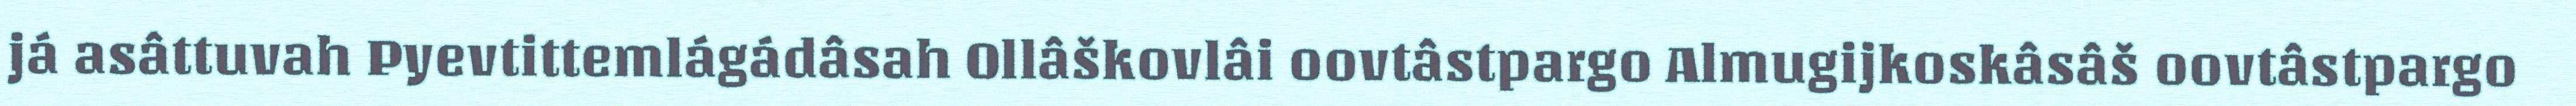
já asâttuvah Pyevtittemlágádâsah Ollâškovlâi oovtâstpargo Almugijkoskâsâš oovtâstpargo